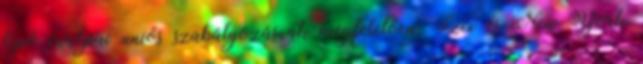
lépő európai uniós szabályozásnak megfelelően. Szex és New York